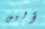
أليس